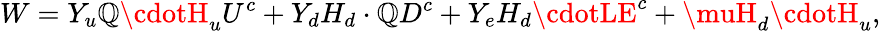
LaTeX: W=Y_{u}\mathbb{Q}\cdotH_{u}U^{c}+Y_{d}H_{d}\cdot\mathbb{Q}D^{c}+Y_{e}H_{d}\cdotLE^{c}+\muH_{d}\cdotH_{u},